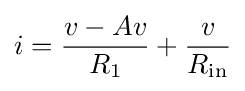
i={\frac {v-Av}{R_{1}}}+{\frac {v}{R_{\text{in}}}}